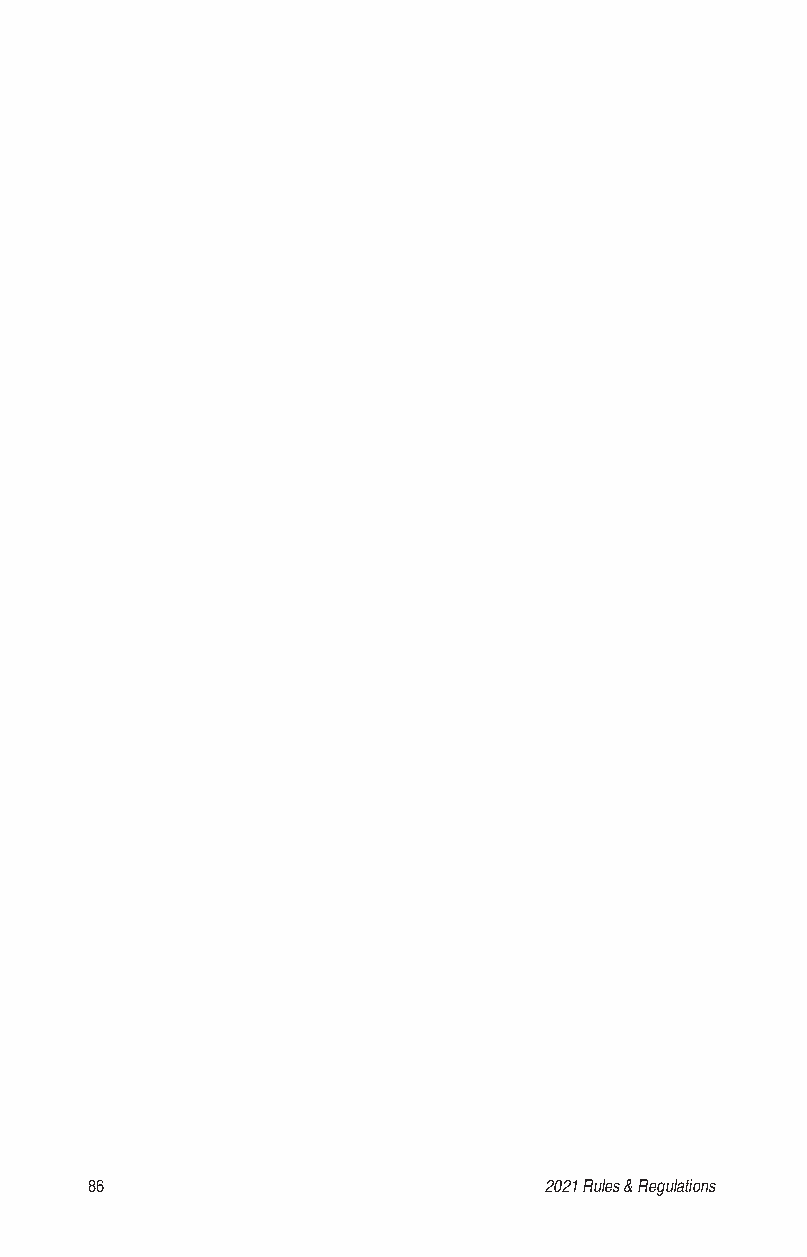
86                            2021 Rules & Regulations